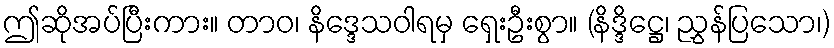
ဤဆိုအပ်ပြီးကား။ တာဝ၊ နိဒ္ဒေသဝါရမှ ရှေးဦးစွာ။ (နိဒ္ဒိဋ္ဌေ၊ ညွှန်ပြသော၊)